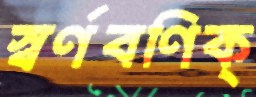
স্বর্ণবণিক্‌